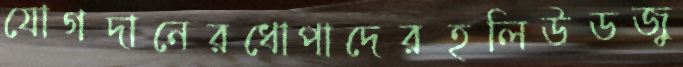
যোগদানেরধোপাদেরহলিউডজু